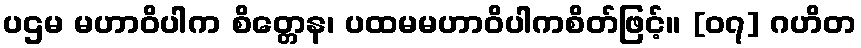
ပဌမ မဟာဝိပါက စိတ္တေန၊ ပထမမဟာဝိပါကစိတ်ဖြင့်။ [၀၇] ဂဟိတ